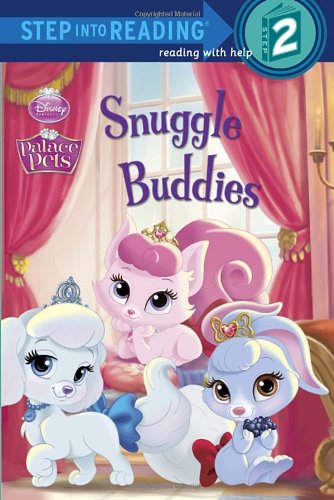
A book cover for Snuggle Buddies (Disney Princess: Palace Pets) (Step into Reading); Courtney Carbone; Children's Books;